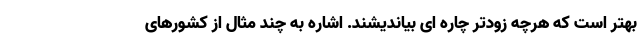
بهتر است که هرچه زودتر چاره ای بیاندیشند. اشاره به چند مثال از کشورهای